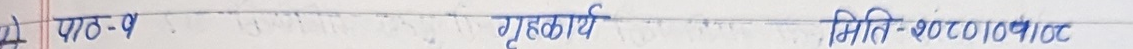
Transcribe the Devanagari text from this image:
मे पाठ-१ गृहकार्य मिति - २०/०९/२०